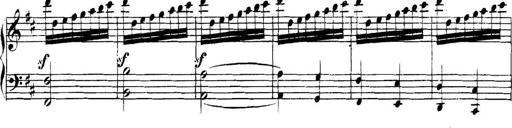
Title: Collected Piano Sonatas
Composer: Muzio Clementi